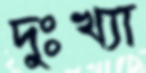
দুঃখ্যা